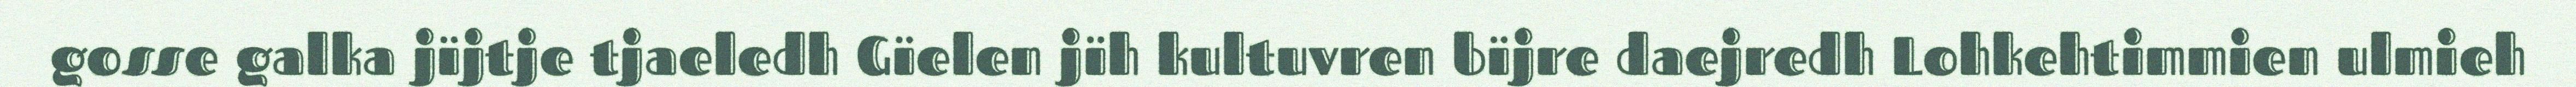
gosse galka jïjtje tjaeledh Gïelen jïh kultuvren bïjre daejredh Lohkehtimmien ulmieh